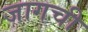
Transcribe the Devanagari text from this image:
जागची